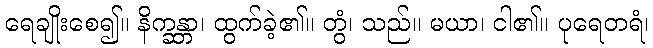
ရေချိုးစေ၍။ နိက္ခန္တာ၊ ထွက်ခဲ့၏။ တွံ၊ သည်။ မယာ၊ ငါ၏။ ပုရေတရံ၊